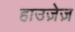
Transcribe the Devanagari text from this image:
हाउज़ेज़